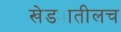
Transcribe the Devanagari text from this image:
खेड्यातीलच